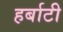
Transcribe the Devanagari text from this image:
हर्बाटी